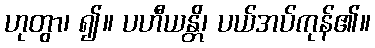
ဟုတွာ၊ ၍။ ပဟီယန္တိ၊ ပယ်အပ်ကုန်၏။